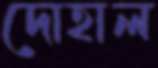
দোহাল